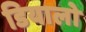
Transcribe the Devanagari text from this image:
डियालो